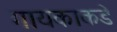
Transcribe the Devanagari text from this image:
गायकाकडे